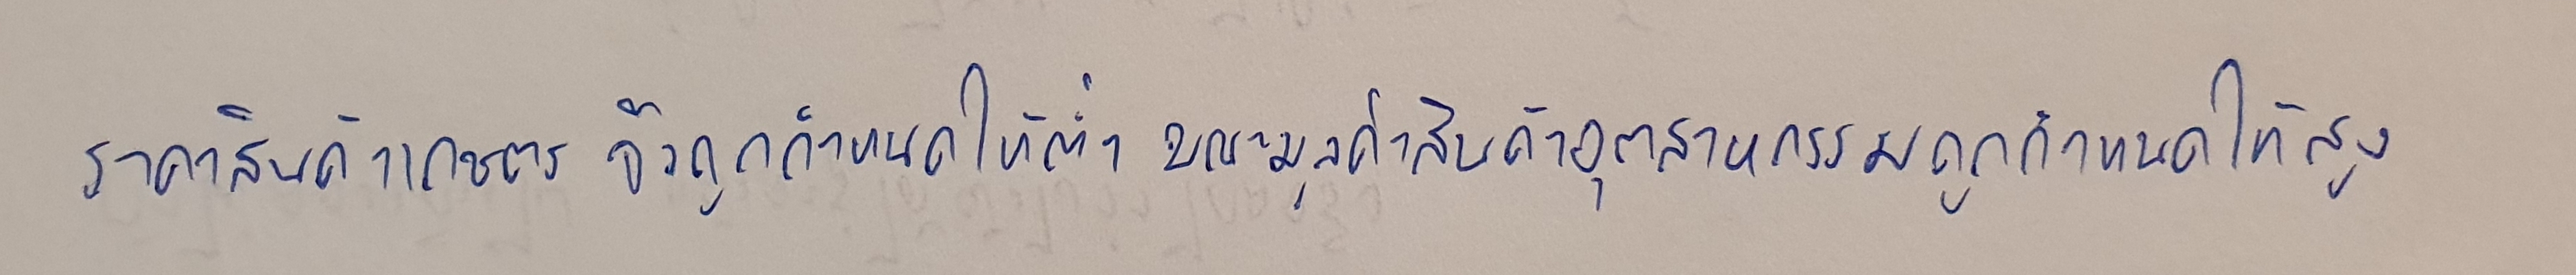
ราคาสินค้าเกษตรจึงถูกกำหนดให้ต่ำขณะมูลค่าสินค้าอุตสาหกรรมถูกกำหนดให้สูง